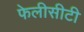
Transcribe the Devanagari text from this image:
फेलीसीटी